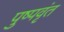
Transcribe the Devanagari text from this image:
पुष्पवृंत